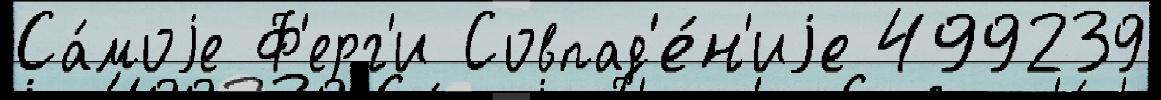
Са́моjе Ф'ерг'и Совпад'е́н'иjе 499239